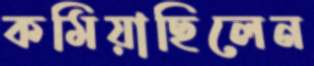
কমিয়াছিলেন